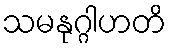
သမနုဂ္ဂါဟတိ